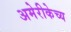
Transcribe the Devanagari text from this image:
अमेरीकेच्य